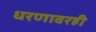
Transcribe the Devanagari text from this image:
धरणावरही